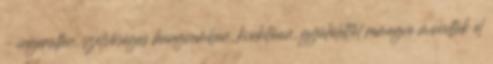
– ingerülten, szélsőséges hangnemben, kiokítóan, gyűlölettől remegve mondták el